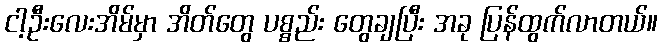
ငါ့ဦးလေးအိမ်မှာ အိတ်တွေ ပစ္စည်း တွေချပြီး အခု ပြန်ထွက်လာတယ်။